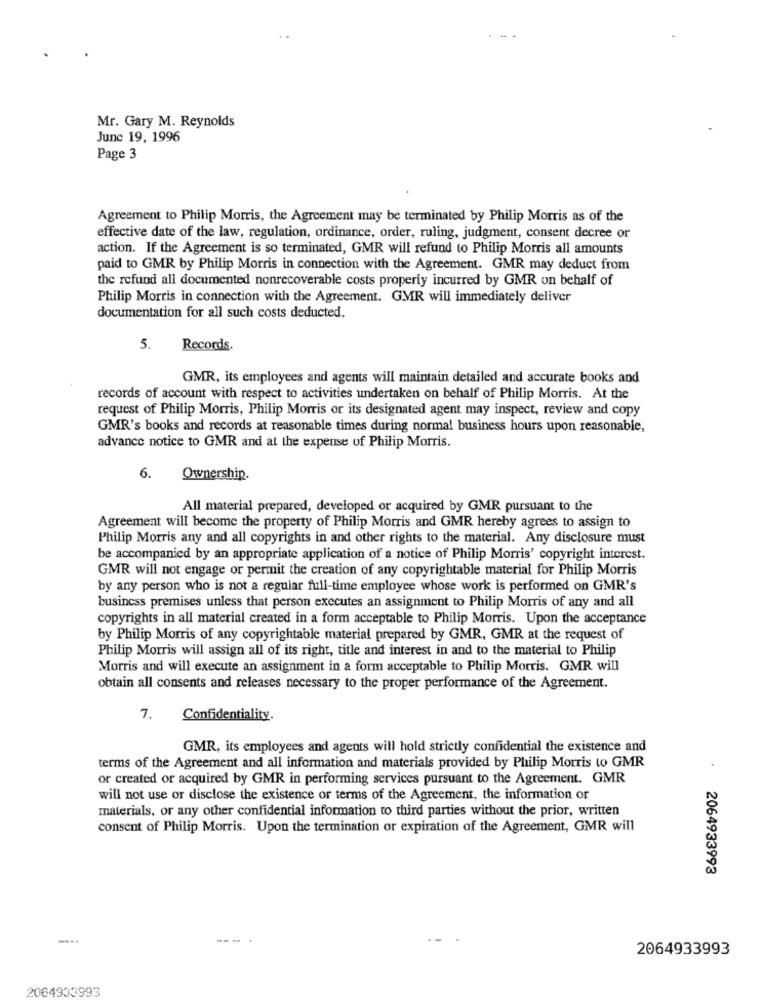
Mr. Gary M. Reynolds
June 19, 1996
Page 3
Agreement to Philip Morris, the Agreement may be terminated by Philip Morris as of the
effective date of the law, regulation, ordinance, order, ruling, judgment, consent decree or
action. If the Agreement is so terminated, GMR will refund to Philip Morris all amounts
paid to GMR by Philip Morris in connection with the Agreement. GMR may deduct from
the refund all documented nonrecoverable costs properly incurred by GMR on behalf of
Philip Morris in connection with the Agreement. GMR will immediately deliver
documentation for all such costs deducted.
5.
Records.
GMR, its employees and agents will maintain detailed and accurate books and
records of account with respect to activities undertaken on behalf of Philip Morris. At the
request of Philip Morris, Philip Morris or its designated agent may inspect, review and copy
GMR's books and records at reasonable times during normal business hours upon reasonable,
advance notice to GMR and at the expense of Philip Morris.
6.
Ownership.
All material prepared, developed or acquired by GMR pursuant to the
Agreement will become the property of Philip Morris and GMR hereby agrees to assign to
Philip Morris any and all copyrights in and other rights to the material. Any disclosure must
be accompanied by an appropriate application of a notice of Philip Morris' copyright interest.
GMR will not engage or permit the creation of any copyrightable material for Philip Morris
by any person who is not a regular full-time employee whose work is performed on GMR's
business premises unless that person executes an assignment to Philip Morris of any and all
copyrights in all material created in a form acceptable to Philip Morris. Upon the acceptance
by Philip Morris of any copyrightable material prepared by GMR, GMR at the request of
Philip Morris will assign all of its right, title and interest in and to the material to Philip
Morris and will execute an assignment in a form acceptable to Philip Morris. GMR will
obtain all consents and releases necessary to the proper performance of the Agreement.
7.
Confidentiality.
GMR, its employees and agents will hold strictly confidential the existence and
terms of the Agreement and all information and materials provided by Philip Morris to GMR
or created or acquired by GMR in performing services pursuant to the Agreement. GMR
will not use or disclose the existence or terms of the Agreement, the information or
materials, or any other confidential information to third parties without the prior, written
consent of Philip Morris. Upon the termination or expiration of the Agreement, GMR will
2064933993
-.
---
2064933993
2064933993